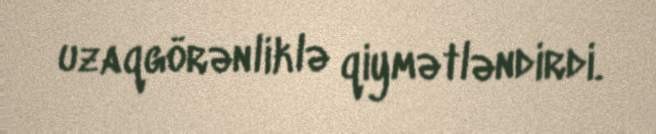
uzaqgörənliklə qiymətləndirdi.